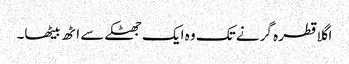
اگلا قطرہ گرنے تک وہ ایک جھٹکے سے اٹھ بیٹھا۔